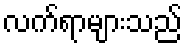
လက်ရာများသည်